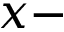
x -